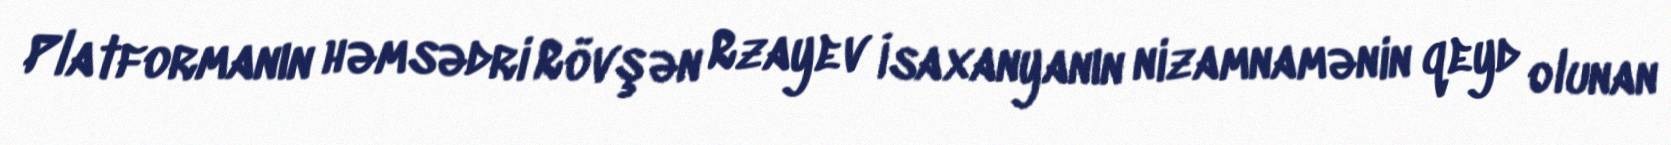
Platformanın həmsədri Rövşən Rzayev İsaxanyanın nizamnamənin qeyd olunan